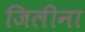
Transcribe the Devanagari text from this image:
जिलीना